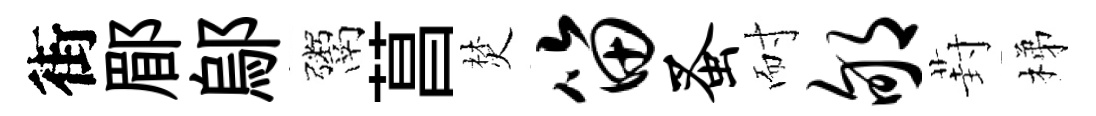
街郿鄔鬻菖焚笛蚤耐郇葑梯